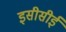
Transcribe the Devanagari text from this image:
इसीसीई